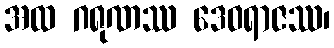
အထ ဂရုဏဿ ဒေဝရာဇဿ၊